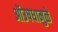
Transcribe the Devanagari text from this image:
ऑउषधामुळे